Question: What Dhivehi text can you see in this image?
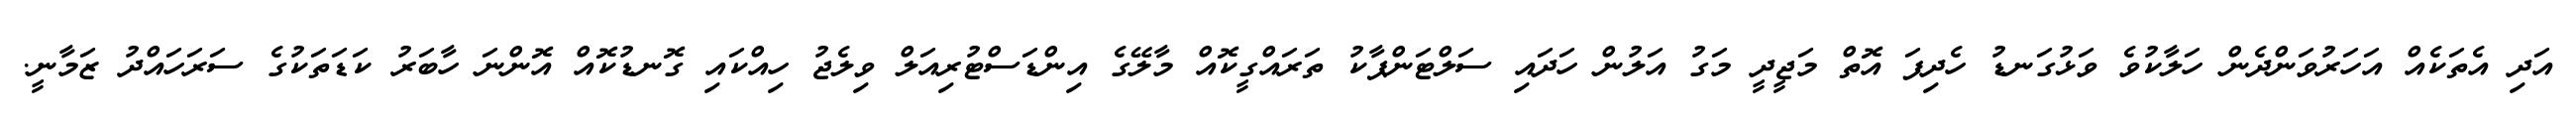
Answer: އަދި އެތަކެއް އަހަރުވަންދެން ހަލާކުވެ ވަޅުގަނޑު ހެދިފަ އޮތް މަޖީދީ މަގު އަލުން ހަދައި ސަލްޓަންޕާކު ތަރައްގީކޮއް މާލޭގެ އިންޑަސްޓުރިއަލް ވިލެޖު ހިއްކައި ގޮނޑުކޮއް އޮންނަ ހާބަރު ކަޑަތަކުގެ ސަރަހައްދު ޒަމާނީ.